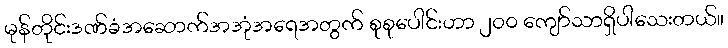
မုန်တိုင်းဒဏ်ခံအဆောက်အအုံအရေအတွက် စုစုပေါင်းဟာ ၂၀၀ ကျော်သာရှိပါသေးတယ်။